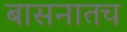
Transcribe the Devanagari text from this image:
बासनातच